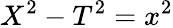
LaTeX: X^{2}-T^{2}=x^{2}